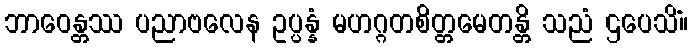
ဘာဝေန္တဿ ပညာဗလေန ဥပ္ပန္နံ မဟဂ္ဂတစိတ္တမေတန္တိ သညံ ဌပေသိံ။